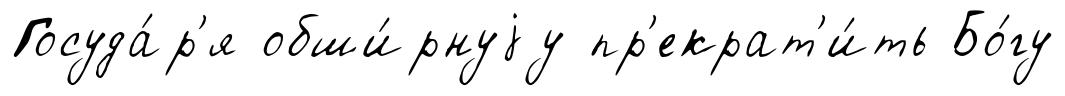
Госуда́р'я обши́рнуjу пр'екрат'и́ть Бо́гу